Report on horse surra - Volume I
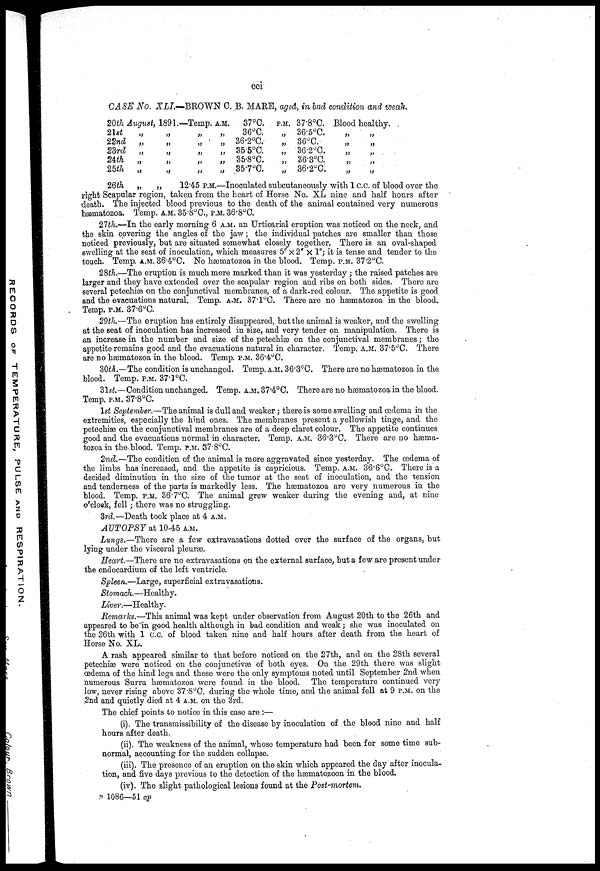
cci
CASE No. XLI.—BROWN C. B. MARE, aged, in bad condition and weak.
20th August,
21st
„
22nd „
23rd „
24th „
28th „
1891.
„
„
„
„
„
—Temp.
„
„
„
„
„
A.M. 37°C.
„ 36°C.
„ 36.2°C.
„ 35.5°C.
„ 35.8°C.
„ 35.7°C.
P.M. 37.8°C.
„ 36.5°C.
„ 36°C.
„ 36.2°C.
„ 36.3°C.
„ 36.2°C.
Blood
„
„
„
„
„
healthy.
„
„
„
„
„
26th
„
„
12.45 P.M.—Inoculated subcutaneously with 1 c.c. of blood over the
right Scapular region, taken from the heart of Horse No. XL nine and half hours after
death. The injected blood previous to the death of the animal contained very numerous
hæmatozoa. Temp. A.M. 35.8°C., P.M. 36.8°C.
27th.—In the early morning 6 A.M. an Urticarial eruption was noticed on the neck, and
the skin covering the angles of the jaw; the individual patches are smaller than those
noticed previously, but are situated somewhat closely together. There is an oval-shaped
swelling at the seat of inoculation, which measures 5" × 2" × 1"; it is tense and tender to the
touch. Temp. A.M. 36.4°C. No hæmatozoa in the blood. Temp. P.M. 37.2°C.
28th.—The eruption is much more marked than it was yesterday ; the raised patches are
larger and they have extended over the scapular region and ribs on both sides. There are
several petechiæ on the conjunctival membranes, of a dark-red colour. The appetite is good
and the evacuations natural. Temp. A.M. 37.1°C. There are no hæmatozoa in the blood.
Temp. P.M. 37.6°C.
29th.—The eruption has entirely disappeared, but the animal is weaker, and the swelling
at the seat of inoculation has increased in size, and very tender on manipulation. There is
an increase in the number and size of the petechiæ on the conjunctival membranes; the
appetite remains good and the evacuations natural in character. Temp. A.M. 37.5°C. There
are no hæmatozoa in the blood. Temp. P.M. 36.4°C.
30th.—The condition is unchanged. Temp. A.M. 36.3°C. There are no hæmatozoa in the
blood. Temp. P.M. 37.1°C.
31st.—Condition unchanged. Temp. A.M. 37.4°C. There are no hæmatozoa in the blood.
Temp. P.M. 37.8°C.
1st September.—The animal is dull and weaker; there is some swelling and œdema in the
extremities, especially the hind ones. The membranes present a yellowish tinge, and the
petechiæ on the conjunctival membranes are of a deep claret colour. The appetite continues
good and the evacuations normal in character. Temp. A.M. 36.3°C. There are no hæma-
tozoa in the blood. Temp. P.M. 37.8°C.
2nd.—The condition of the animal is more aggravated since yesterday. The œdema of
the limbs has increased, and the appetite is capricious. Temp. A.M. 36.6°C. There is a
decided diminution in the size of the tumor at the seat of inoculation, and the tension
and tenderness of the parts is markedly less. The hæmatozoa are very numerous in the
blood. Temp. P.M. 36.7°C. The animal grew weaker during the evening and, at nine
o'clock, fell; there was no struggling.
3rd.—Death took place at 4 A.M.
AUTOPSY at 10-45 A.M.
Lungs.—There are a few extravasations dotted over the surface of the organs, but
lying under the visceral pleuræ.
Heart.—There are no extravasations on the external surface, but a few .are present under
the endocardium of the left ventricle.
Spleen.—Large, superficial extravasations.
Stomach.—Healthy.
Liver.—Healthy.
Remarks.—This animal was kept under observation from August 20th to the 26th and
appeared to be in good health although in bad condition and weak; she was inoculated on
the 26th with 1 c.c. of blood taken nine and half hours after death from the heart of
Horse No. XL.
A rash appeared similar to that before noticed on the 27th, and on the 28th several
petechiæ were noticed on the conjunctivæ of both eyes. On the 29th there was slight
œdema of the hind legs and these were the only symptoms noted until September 2nd when
numerous Surra hæmatozoa were found in the blood. The temperature continued very
low, never rising above 37.8°C. during the whole time, and the animal fell at 9 P.M. on the
2nd and quietly died at 4 A.M. on the 3rd.
The chief points to notice in this case are :—
(i). The transmissibility of the disease by inoculation of the blood nine and half
hours after death.
(ii). The weakness of the animal, whose temperature had been for some time sub-
normal, accounting for the sudden collapse.
(iii). The presence of an eruption on the skin which appeared the day after inocula-
tion, and five days previous to the detection of the hæmatozoon in the blood.
(iv). The slight pathological lesions found at the Post-mortem.
B 1086—51 ap